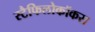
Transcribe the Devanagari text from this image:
स्टैफिलोकॉकस